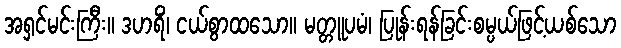
အရှင်မင်းကြီး။ ဒဟရိံ၊ ငယ်စွာထသော။ မတ္တူပမံ၊ ပြုန်းရန်ခြင်းစမ္ပယ်ဖြင့်ယစ်သော